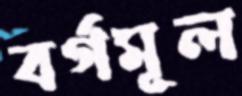
বর্গমূল